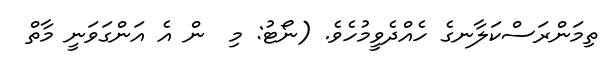
ތިމަންރަސްކަލާނގެ ހެއްދެވީމުހެވެ. (ނޯޓު: މި  ން އެ އަންގަވަނީ މާތް